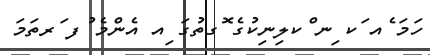
ހަމަ ެއ ަކ ިނ ްކލިނިކުގެ ޮގތުގަ ިއ އެންމެ ުފ ަރތަމަ